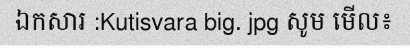
ឯកសារ :Kutisvara big. jpg សូម មើល៖